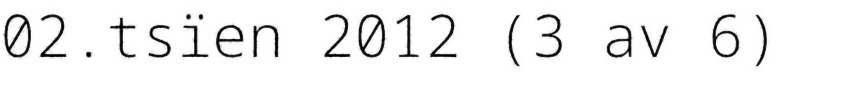
02.tsïen 2012 (3 av 6)